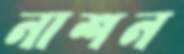
নাশন